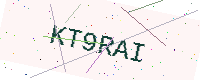
Text: KT9RAI